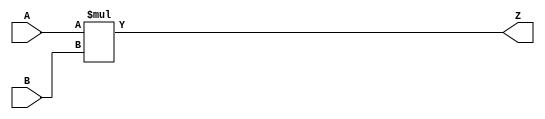
/***
* This code is a part of EvoApproxLib library (ehw.fit.vutbr.cz/approxlib) distributed under The MIT License.
* When used, please cite the following article(s): PRABAKARAN B. S., MRAZEK V., VASICEK Z., SEKANINA L., SHAFIQUE M. ApproxFPGAs: Embracing ASIC-based Approximate Arithmetic Components for FPGA-Based Systems. DAC 2020. 
***/
// MAE% = 0.00 %
// MAE = 0 
// WCE% = 0.00 %
// WCE = 0 
// WCRE% = 0.00 %
// EP% = 0.00 %
// MRE% = 0.00 %
// MSE = 0 
// FPGA_POWER = 3.4
// FPGA_DELAY = 15
// FPGA_LUT = 292



module mul16u_HFD(
	A, 
	B,
	Z
);

input [16-1:0] A;
input [16-1:0] B;
output [2*16-1:0] Z;

wire [16-1:0] tmpA;
wire [16-1:0] tmpB;
assign tmpA = A;
assign tmpB = B;
assign Z = tmpA * tmpB;
endmodule